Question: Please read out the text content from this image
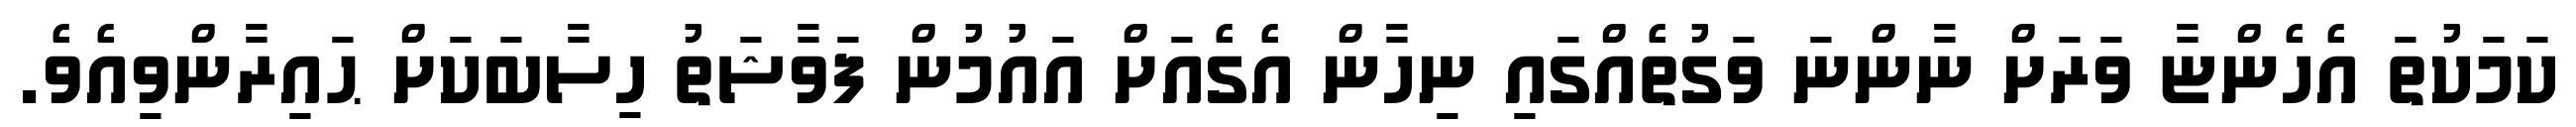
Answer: ކަމަކުތަ އެހެންޏާ ވަރަށް ނާންނަ ވަގުތެއްގައި ނިހާން އެގެއަށް އައުމުން ފަވާޝަތު ހިސާބަކަށް ޙައިރާންވިއެވެ.